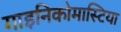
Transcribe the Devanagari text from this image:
गाइनिकोमास्टिया